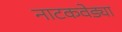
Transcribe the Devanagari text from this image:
नाटकवेड्या